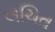
લચિત